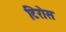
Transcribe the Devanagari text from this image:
टिरोस